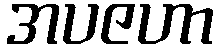
အပဇဟာ